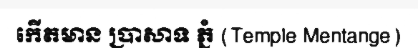
កើតមាន ប្រាសាទ ភ្នំ (Temple Mentange)